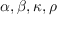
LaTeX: \alpha , \beta , \kappa , \rho